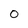
Character: 0